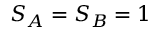
S _ { A } = S _ { B } = 1